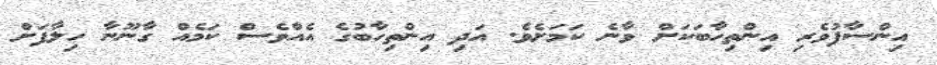
އިންސާފުވެރި އިންތިހާބަކަށް ވާނެ ކަމަށެވެ. އަދި އިންތިހާބުގެ އެއްވެސް ކަމެއް ގާނޫނާ ހިލާފަށް